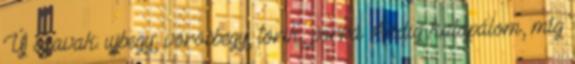
Új szavak: ujjbegy, vörösbegy, törik, porrá Addig kalapálom, míg